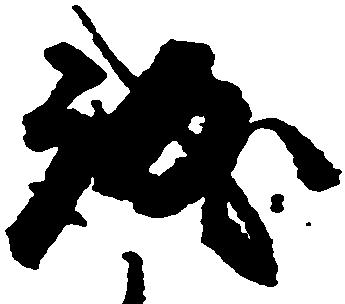
誠